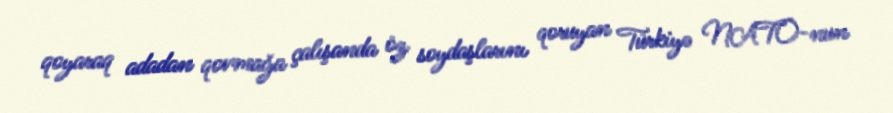
qoyaraq adadan qovmağa çalışanda öz soydaşlarını qoruyan Türkiyə NATO-nun